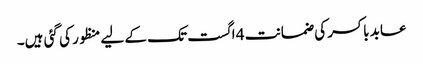
عابد باکسر کی ضمانت 4 اگست تک کے لیے منظور کی گئی ہیں۔